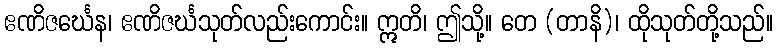
ဧဏိဇင်္ဃေန၊ ဧဏိဇင်္ဃသုတ်လည်းကောင်း။ ဣတိ၊ ဤသို့။ တေ (တာနိ)၊ ထိုသုတ်တို့သည်။